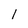
Character: 1